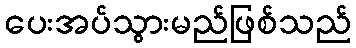
ပေးအပ်သွားမည်ဖြစ်သည်